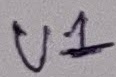
Text: U1